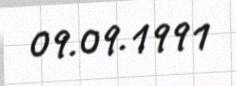
09.09.1991